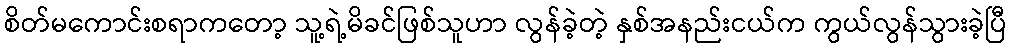
စိတ်မကောင်းစရာကတော့ သူ့ရဲ့မိခင်ဖြစ်သူဟာ လွန်ခဲ့တဲ့ နှစ်အနည်းငယ်က ကွယ်လွန်သွားခဲ့ပြီ